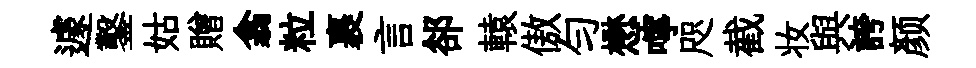
遽鑿姑贈翕粒裹言郤轅傲勻懋嚀咫截妆與誇颜